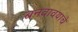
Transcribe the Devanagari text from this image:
बनवावयाचे